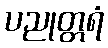
ပညုတ္တရံ